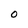
Character: O